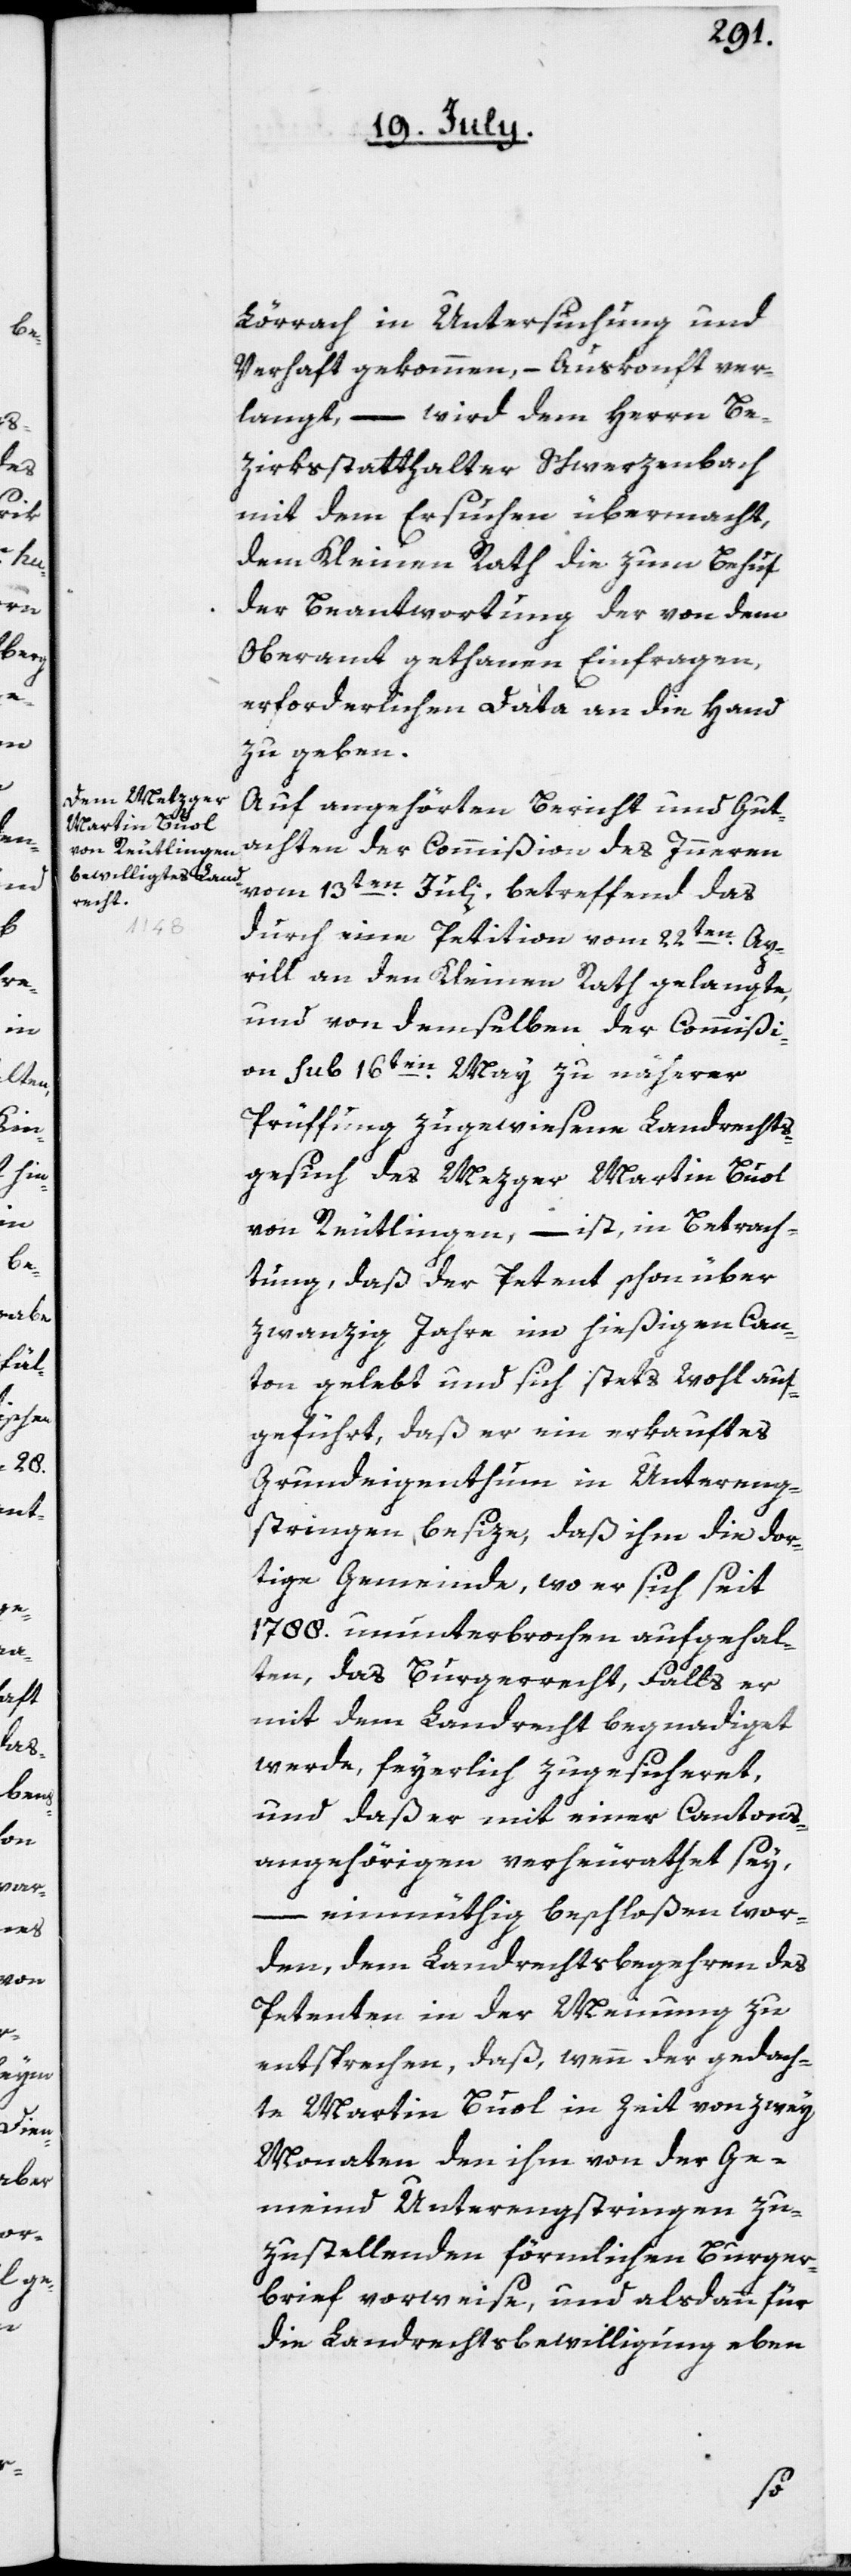
Lörrach in Untersuchung und
Verhaft gekommen, – Auskonft ver¬
langt – wird dem Herrn Be¬
zirksstatthalter Schwerzenbach
mit dem Ersuchen übermacht,
dem Kleinen Rath die zum Behuf
der Beantwortung der von dem
Oberamt gethanen Einfragen,
erforderlichen Data an die Hand
zu geben.
Auf angehörten Bericht und Gut¬
achten der Commißion des Innern
vom 13ten Julii, betreffend das
durch eine Petition vom 22ten Ap¬
rill an den Kleinen Rath gelangte,
und von demselben der Commißi¬
on sub 16ten May zu näherer
Prüffung zugewiesene Landrechts¬
gesuch des Metzger Martin Buol
von Reutlingen, – ist, in Betrach¬
tung, daß der Petent schon über
zwanzig Jahre im hieigen Can¬
ton gelebt und sich stets wohl auf¬
geführt, daß er ein erkauftes
Grundeigenthum in Untereng¬
stringen besize, daß ihm die dor¬
tige Gemeinde, wo er sich seit
1788. ununterbrochen aufgehal¬
ten, das Burgerrecht, falls er
mit dem Landrecht begnadiget
werde, feyerlich zugesicheret,
und daß er mit einer Cantons¬
angehörigen verheurathet sey,
– einmüthig beschloßen wor¬
den, dem Landrechtsbegehren des
Petenten in der Meinung zu
entsprechen, daß, wenn der gedach¬
te Martin Buol in Zeit von zwey
Monaten den ihm von der Ge¬
meind Unterengstringen zu¬
zustellenden förmlichen Burger¬
brief vorweise, und alsdann für
die Landrechtsbewilligung eben